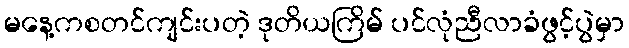
မနေ့ကစတင်ကျင်းပတဲ့ ဒုတိယကြိမ် ပင်လုံညီလာခံဖွင့်ပွဲမှာ